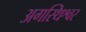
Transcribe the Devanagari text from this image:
अगस्थिश्वर